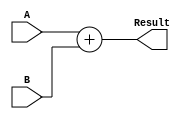
`timescale 1ns / 1ps


// instruction memory => 4byte, , byte adrdress
module Add(Result, A, B);

	input 	[31:0] A,B;
	output  reg [31:0] Result;

	always @(A,B) begin
		Result=A+B;
	end
endmodule